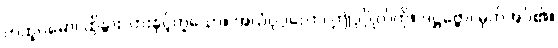
တထူပမော၊ ထိုနွားလားနှင့်တူသော။ အယံပုဂ္ဂလော၊ ဤပုဂ္ဂိုလ်ကို။ ဒဋ္ဌဗ္ဗော၊ မှတ်အပ်၏။